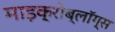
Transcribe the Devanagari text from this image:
माइक्रोब्लॉग्स